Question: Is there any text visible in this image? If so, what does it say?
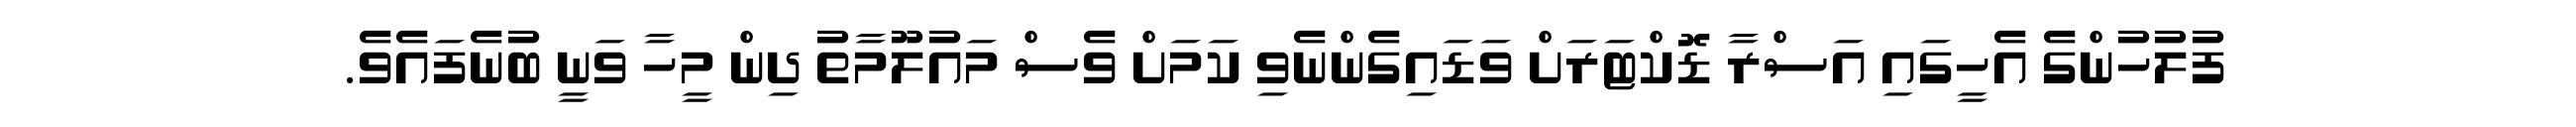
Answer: ފުލުހުންގެ އެހީގައި އަސްރާ ޑޮކްޓަރަށް ވަޑައިގެންނެވި ކަމަށް ވެސް މައުލޫމާތު ދިން މީހާ ވަނީ ބުނެފައެވެ.